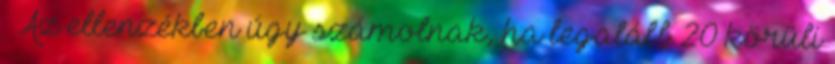
– Az ellenzékben úgy számolnak, ha legalább 20 körüli